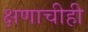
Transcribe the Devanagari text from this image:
क्षणाचीही